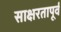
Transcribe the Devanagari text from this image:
साक्षरतापूर्व